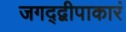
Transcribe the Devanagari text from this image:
जगद्द्वीपाकारं